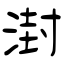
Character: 湗